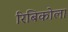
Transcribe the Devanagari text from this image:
रिबिकोला